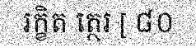
រក្ខិត ត្ថេរ [ ៨០